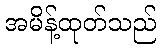
အမိန့်ထုတ်သည်